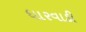
ધારવાડી